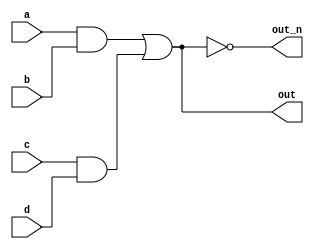
module top_module(
    input a,
    input b,
    input c,
    input d,
    output out,
    output out_n   ); 
    wire a1,a2,a3;
    assign a1=a&b;
    assign a2=c&d;
    assign out=a1|a2;
    assign out_n=~(a1|a2);

endmodule